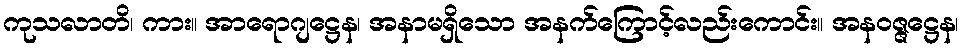
ကုသလာတိ၊ ကား။ အာရောဂျဋ္ဌေန၊ အနာမရှိသော အနက်ကြောင့်လည်းကောင်း။ အနဝဇ္ဇဋ္ဌေန၊